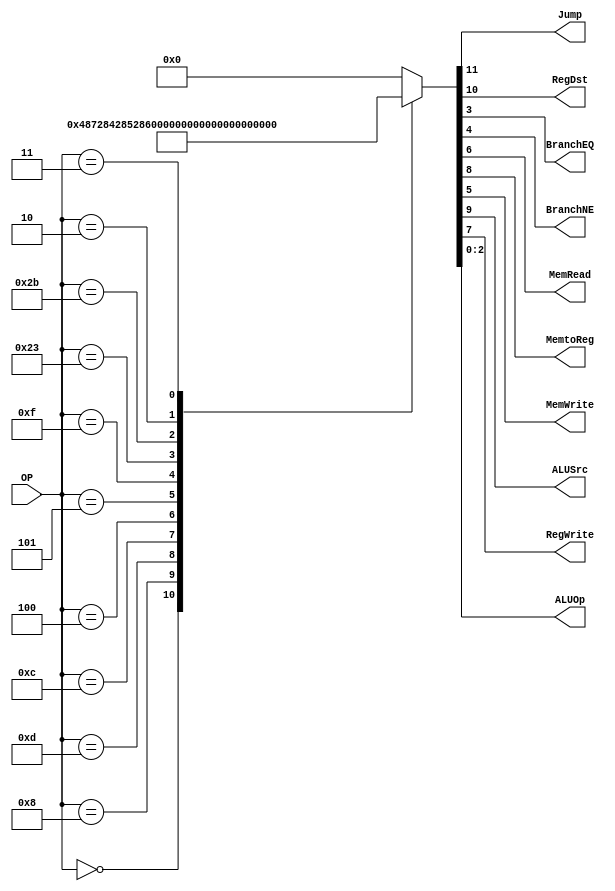
/******************************************************************
* Description
*	This is control unit for the MIPS processor. The control unit is 
*	in charge of generation of the control signals. Its only input 
*	corresponds to opcode from the instruction.
*	1.0
* Author:
*	Dr. Jos Luis Pizano Escalante
* email:
*	luispizano@iteso.mx
* Date:
*	01/03/2014
******************************************************************/
module Control
(
	input [5:0]OP,
	
	output Jump,
	output RegDst,
	output BranchEQ,
	output BranchNE,
	output MemRead,
	output MemtoReg,
	output MemWrite,
	output ALUSrc,
	output RegWrite,
	output [2:0]ALUOp
);


// Todos los OpCodes son basados en la greencard

// El OpCode para las tipo R siempre son 0
localparam R_Type = 0;

// Las tipo I varian
localparam I_Type_ADDI 	= 6'h8;
localparam I_Type_ORI 	= 6'hd;
localparam I_Type_ANDI 	= 6'hc;
localparam I_Type_BEQ 	= 6'h4;
localparam I_Type_BNE 	= 6'h5;
localparam I_Type_LUI 	= 6'hf;
localparam I_Type_LW 	= 6'h23;
localparam I_Type_SW 	= 6'h2b;

//Las tipo J tambin tienen variaciones en el OpCode
localparam J_Type_J 		= 6'h2;
localparam J_Type_JAL	= 6'h3;


reg [11:0] ControlValues;

always@(OP) begin
	casex(OP)
		R_Type:       	ControlValues= 12'b0_1_001_00_00_111;
		I_Type_ADDI:	ControlValues= 12'b0_0_101_00_00_100;
		I_Type_ORI:		ControlValues= 12'b0_0_101_00_00_101;
		I_Type_ANDI:	ControlValues= 12'b0_0_101_00_00_110;
		I_Type_BEQ:		ControlValues= 12'b0_0_000_00_01_001;
		I_Type_BNE:		ControlValues= 12'b0_0_000_00_10_001;
		I_Type_LUI:		ControlValues= 12'b0_0_101_00_00_011;
		I_Type_LW:		ControlValues= 12'b0_0_111_10_00_100;
		I_Type_SW:		ControlValues= 12'b0_0_100_01_00_100;
		J_Type_J:		ControlValues= 12'b1_0_000_00_00_000;
		J_Type_JAL:		ControlValues= 12'b1_0_001_00_00_000;
		default:
			ControlValues= 10'b0000000000;
		endcase
end	
	
assign Jump 		= ControlValues[11];
assign RegDst 		= ControlValues[10];
assign ALUSrc 		= ControlValues[9];
assign MemtoReg 	= ControlValues[8];
assign RegWrite 	= ControlValues[7];
assign MemRead 	= ControlValues[6];
assign MemWrite 	= ControlValues[5];
assign BranchNE 	= ControlValues[4];
assign BranchEQ 	= ControlValues[3];
assign ALUOp 		= ControlValues[2:0];	

endmodule
//control//